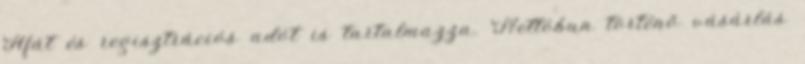
Áfát és regisztrációs adót is tartalmazza. Nettóban történő vásárlás